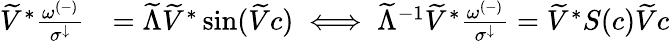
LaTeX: \begin{array}{rl}{\widetilde{V}^{*}\frac{\omega^{(-)}}{\sigma^{\downarrow}}}&{=\widetilde{\Lambda}\widetilde{V}^{*}\sin(\widetilde{V}c)\iff\widetilde{\Lambda}^{-1}\widetilde{V}^{*}\frac{\omega^{(-)}}{\sigma^{\downarrow}}=\widetilde{V}^{*}S(c)\widetilde{V}c}\end{array}